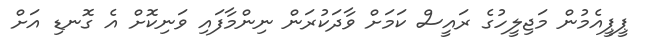
ޕީޕީއެމުން މަޖިލީހުގެ ރައީސް ކަމަށް ވާދަކުރަން ނިންމާފައި ވަނިކޮށް އެ ގޮނޑި އަށް